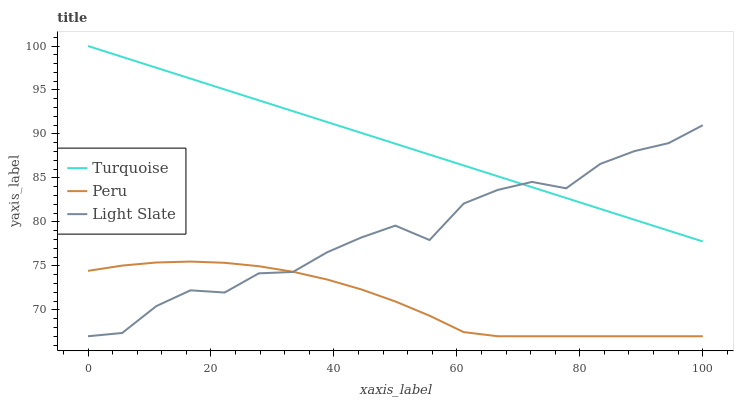
| xaxis_label | Turquoise | Peru | Light Slate |
 | --- | --- | --- | --- |
 | 0 | 100 | 74.4 | 67 |
 | 5.56 | 98.8 | 75 | 67.4 |
 | 11.1 | 97.5 | 75.4 | 70.4 |
 | 16.7 | 96.3 | 75.5 | 72.2 |
 | 22.2 | 95.1 | 75.4 | 72 |
 | 27.8 | 93.8 | 75 | 74.2 |
 | 33.3 | 92.6 | 74.3 | 74.3 |
 | 38.9 | 91.4 | 73.5 | 76.5 |
 | 44.4 | 90.1 | 72.3 | 78.2 |
 | 50 | 88.9 | 71 | 79.6 |
 | 55.6 | 87.7 | 69.3 | 77.9 |
 | 61.1 | 86.4 | 67.5 | 82.1 |
 | 66.7 | 85.2 | 67 | 83.6 |
 | 72.2 | 83.9 | 67 | 84.5 |
 | 77.8 | 82.7 | 67 | 83.8 |
 | 83.3 | 81.5 | 67 | 86.6 |
 | 88.9 | 80.2 | 67 | 88.1 |
 | 94.4 | 79 | 67 | 89 |
 | 100 | 77.8 | 67 | 91 |